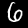
Digit: 6